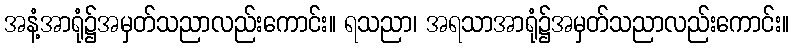
အနံ့အာရုံ၌အမှတ်သညာလည်းကောင်း။ ရသညာ၊ အရသာအာရုံ၌အမှတ်သညာလည်းကောင်း။